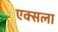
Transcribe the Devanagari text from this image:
एक्सला